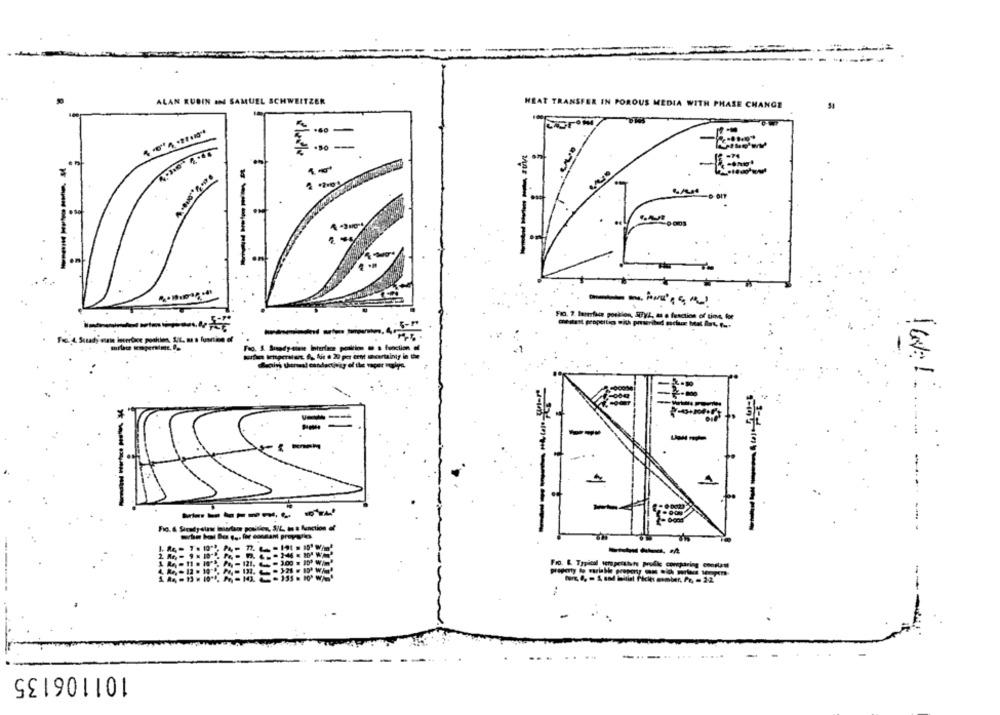
ALAN RUBIN AN SAMUEL SCHWEITZER
HEAT TRANSFER IN POROUS MEDIA WITH PHASE CHANGE
----
-----
-----
Fro. 7. Barerface posktion, EUXZ, as a fraction of tins, for
-----
Fao. S. Smandy-diane Interface peaktim . a function of
--
--
-
----
----------
Fig. & Strady-slase Interface position ,, S/L, to a function et
------
---
---
Fro. & Typical temperature profile consparing comptant
101106135